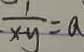
\frac { 1 } { x - y } = a